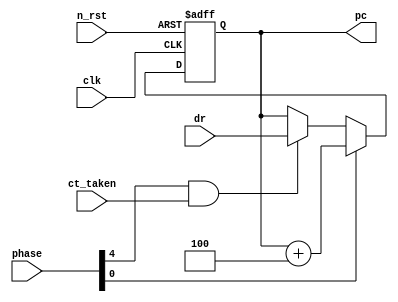
`define f 0
`define w 4

module pc(phase, ct_taken, pc, dr, clk, n_rst);
	input  [`w : `f]     	phase;   	// tF[YM.
	input                 	n_rst,ct_taken;	// DzB, zJR  1
	input  [31:0]      	dr;
	output [31:0]      	pc;
	input                 	clk;    	// NbN  Zbg
	
	reg [31:0] pc;
	
	always @(posedge clk or negedge n_rst) begin
		if (n_rst == 0) begin
		  pc <= 0; // 1
		end else begin
			if (phase[`f] == 1) begin
				pc <= pc + 4;
			end else if (phase[`w] == 1  &&  ct_taken == 1) begin
				pc <= dr; // 2
			end 
		end
	end // always
endmodule